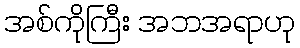
အစ်ကိုကြီး အဘအရာဟု